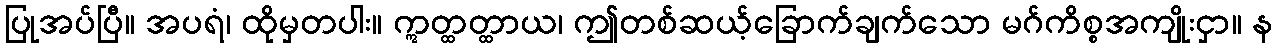
ပြုအပ်ပြီ။ အပရံ၊ ထိုမှတပါး။ ဣတ္ထတ္ထာယ၊ ဤတစ်ဆယ့်ခြောက်ချက်သော မဂ်ကိစ္စအကျိုးငှာ။ န